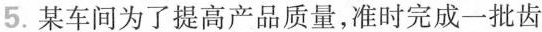
5.某车间为了提高产品质量，准时完成一批齿